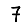
Digit: 7